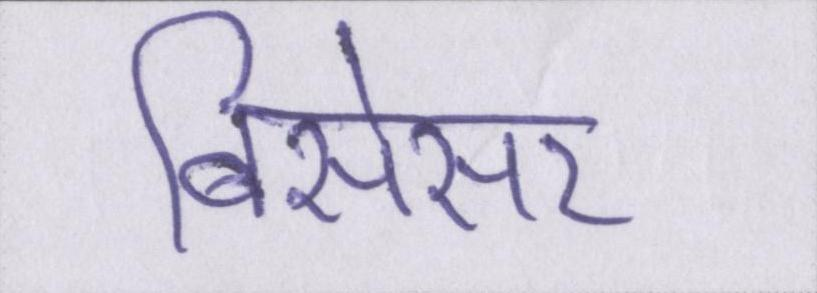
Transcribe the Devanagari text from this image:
बिसेसर